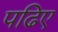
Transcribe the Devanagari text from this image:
पढिए